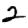
Digit: 2